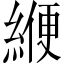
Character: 緶